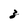
Character: 3